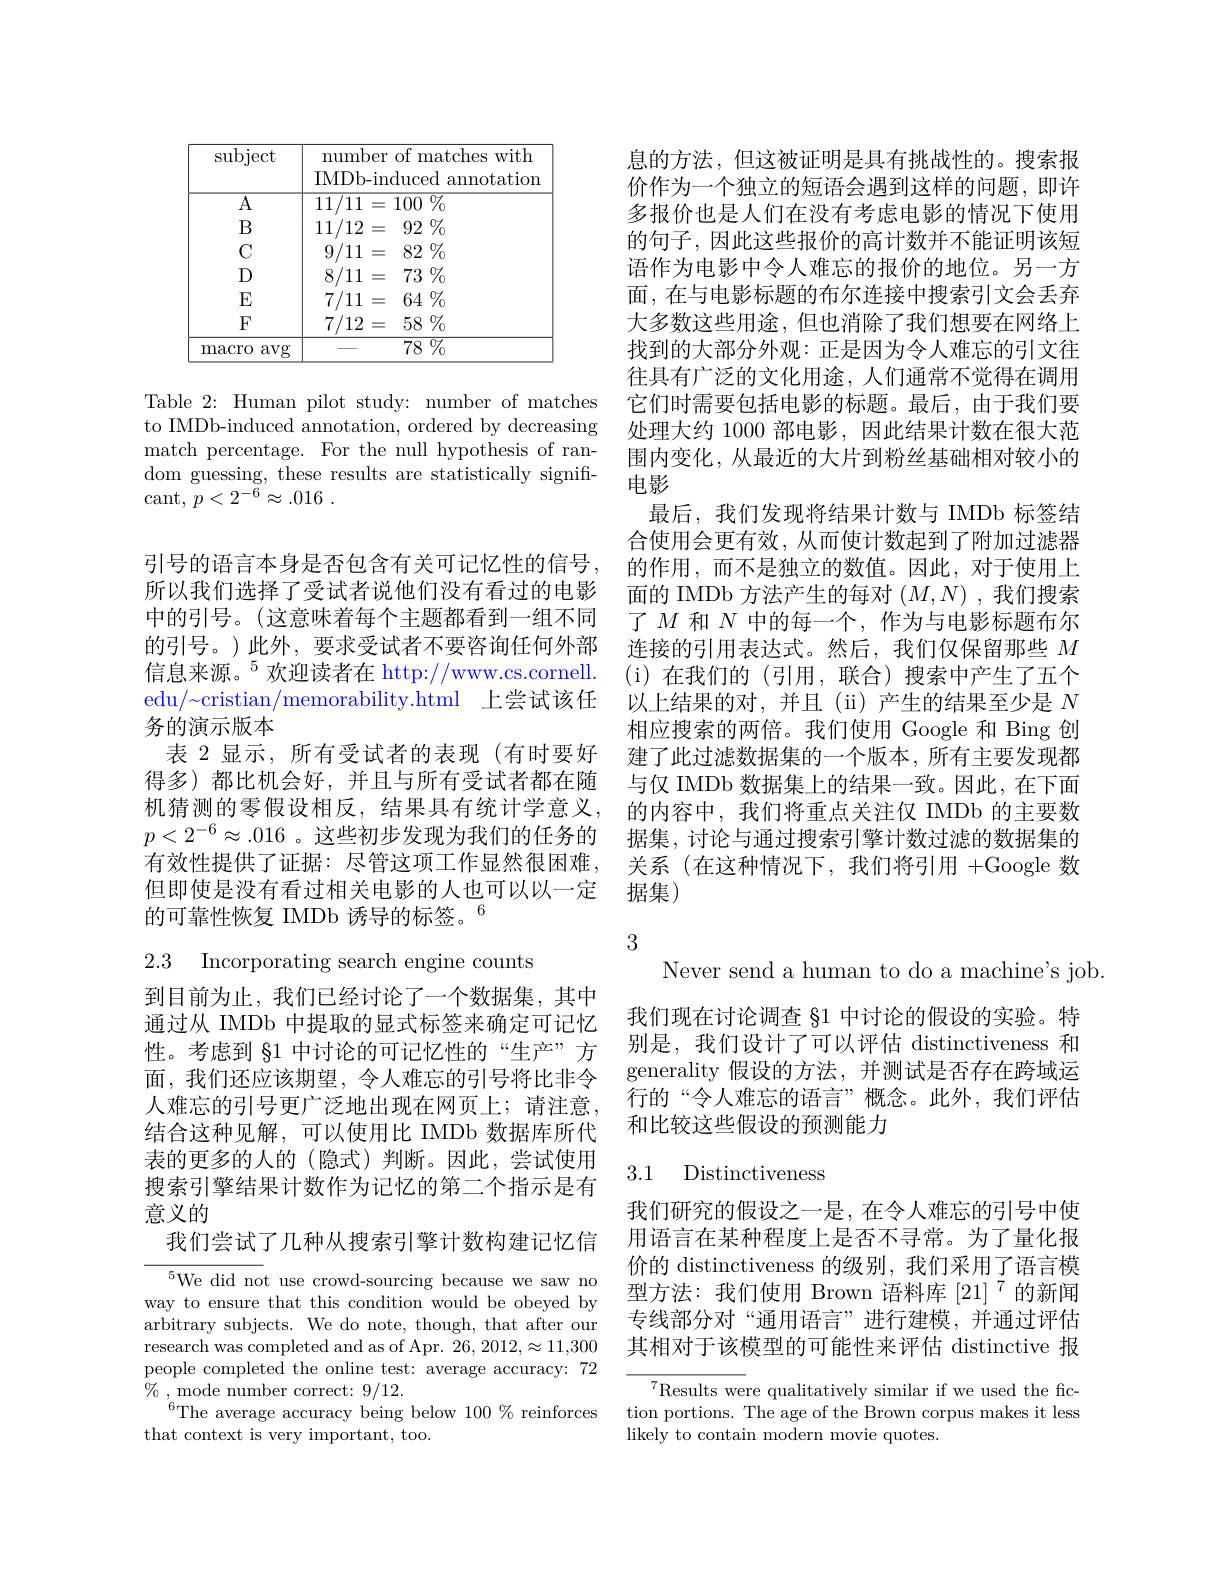
<table>
	<tbody>
		<tr>
			<td>subject</td>
			<td>mber of matches with $\therefore\angle AB=\angle AB=\angle AB=\angle AB=\angle AB=\angle AB=\angle AB=\angle AB=\angle AB=\angle AB=\angle AB=\angle AB=\angle AB=\angle AB=\angle AB=\angle AB=\angle AB=\angle AB=\angle AB=\angle AB=\angle AB=\angle AB=\angle AB=\angle AB=\angle AB$ L</td>
		</tr>
		<tr>
			<td>$\overline{\mathrm{A}}$</td>
			<td>$D-110$ 10000010 $\overline{/11=100\%}$</td>
		</tr>
		<tr>
			<td>$B$</td>
			<td>/12 = $92\%$ </td>
		</tr>
		<tr>
			<td>$C$</td>
			<td>/11= $82\%$</td>
		</tr>
		<tr>
			<td>$D$</td>
			<td>/11= $73\%$</td>
		</tr>
		<tr>
			<td>$E$</td>
			<td>/11= $64\%$</td>
		</tr>
		<tr>
			<td>$F$</td>
			<td>/12= $58\%$</td>
		</tr>
		<tr>
			<td>avg macro</td>
			<td>$\overline{78\:\%}$</td>
		</tr>
	</tbody>
</table>

Table 2: Human pilot study: number of matches to IMDb-induced annotation, ordered by decreasing match percentage. For the null hypothesis of random guessing, these results are statistically significant, $p< 2^{- \dot{6} }\approx . 016$ .

引号的语言本身是否包含有关可记忆性的信号， 所以我们选择了受试者说他们没有看过的电影中的引号。(这意味着每个主题都看到一组不同的引号。)此外，要求受试者不要咨询任何外部信息来源。$^5$欢迎读者在 http://www.cs.cornell. edu/~cristian/memorability.html 上尝试该任务的演示版本
表 2 显示，所有受试者的表现(有时要好得多)都比机会好，并且与所有受试者都在随机猜测的零假设相反，结果具有统计学意义， $p<2^{-6}\approx.016$ 。这些初步发现为我们的任务的有效性提供了证据：尽管这项工作显然很困难， 但即使是没有看过相关电影的人也可以以一定的可靠性恢复 IMDb 诱导的标签。$^{6}$

2.3 Incorporating search engine counts

到目前为止，我们已经讨论了一个数据集，其中通过从 IMDb 中提取的显式标签来确定可记忆性。考虑到 §1 中讨论的可记忆性的“生产”方面，我们还应该期望，令人难忘的引号将比非令人难忘的引号更广泛地出现在网页上；请注意， 结合这种见解，可以使用比 IMDb 数据库所代表的更多的人的(隐式)判断。因此，尝试使用搜索引擎结果计数作为记忆的第二个指示是有意义的
我们尝试了几种从搜索引擎计数构建记忆信

${{^5}\text{We did no}}$t use crowd-sourcing because we saw no way to ensure that this condition would be obeyed by arbitrary subjects. We do note, though, that after our research was completed and as of Apr. $26,2012,\approx11,300$ people completed the online test: average accuracy: 72 $\%$ , ${\mathrm{mode~number~correct: ~9/ 12. }}$
$^{^{\prime6}}$The average accuracy being below $100\%$ reinforces
that context is very important, too.

息的方法，但这被证明是具有挑战性的。搜索报价作为一个独立的短语会遇到这样的问题，即许多报价也是人们在没有考虑电影的情况下使用的句子，因此这些报价的高计数并不能证明该短语作为电影中令人难忘的报价的地位。另一方面，在与电影标题的布尔连接中搜索引文会丢弃大多数这些用途，但也消除了我们想要在网络上找到的大部分外观：正是因为令人难忘的引文往往具有广泛的文化用途，人们通常不觉得在调用它们时需要包括电影的标题。最后，由于我们要处理大约 1000 部电影，因此结果计数在很大范围内变化，从最近的大片到粉丝基础相对较小的电影
最后，我们发现将结果计数与 IMDb 标签结合使用会更有效，从而使计数起到了附加过滤器的作用，而不是独立的数值。因此，对于使用上面的 IMDb 方法产生的每对$(M,N)$ ,我们搜索了$M$和$N$中的每一个，作为与电影标题布尔连接的引用表达式。然后，我们仅保留那些$M$ ( i) 在我们的(引用，联合)搜索中产生了五个以上结果的对，并且(ii)产生的结果至少是$N$ 相应搜索的两倍。我们使用 Google 和 Bing 创建了此过滤数据集的一个版本，所有主要发现都与仅 IMDb 数据集上的结果一致。因此，在下面的内容中，我们将重点关注仅 IMDb 的主要数据集，讨论与通过搜索引擎计数过滤的数据集的关系 (在这种情况下，我们将引用 +Google 数据集)

3

Never send a human to do a machine's job.
我们现在讨论调查 §1 中讨论的假设的实验。特别是，我们设计了可以评估 distinctiveness 和generality 假设的方法，并测试是否存在跨域运行的“令人难忘的语言”概念。此外，我们评估和比较这些假设的预测能力

## 3.1 Distinctiveness

我们研究的假设之一是，在令人难忘的引号中使用语言在某种程度上是否不寻常。为了量化报价的 distinctiveness 的级别，我们采用了语言模型方法：我们使用 Brown 语料库[21]^{7}的新闻专线部分对“通用语言”进行建模，并通过评估其相对于该模型的可能性来评估 distinctive 报

$^{7}$Results were qualitatively similar if we used the fiction portions. The age of the Brown corpus makes it less likely to contain modern movie quotes.